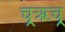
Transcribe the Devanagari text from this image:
च्र्ॠच्र्